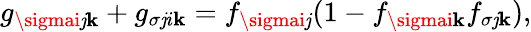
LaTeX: g_{\sigmai\mathit{j}\mathbf{k}}+g_{\sigma\mathit{j}i\mathbf{k}}=f_{\sigmai\mathit{j}}(1-f_{\sigmai\mathbf{k}}f_{\sigma\mathit{j}\mathbf{k}}),